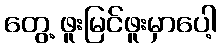
တွေ့ ဖူးမြင်ဖူးမှာပေါ့